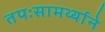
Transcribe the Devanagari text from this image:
तपःसामर्थ्याने